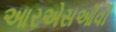
આરએસઓવી